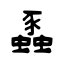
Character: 蟸